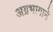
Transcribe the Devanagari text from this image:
अग्रभागाने